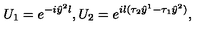
U _ { 1 } = e ^ { - i \hat { y } ^ { 2 } l } , U _ { 2 } = e ^ { i l ( \tau _ { 2 } \hat { y } ^ { 1 } - \tau _ { 1 } \hat { y } ^ { 2 } ) } ,